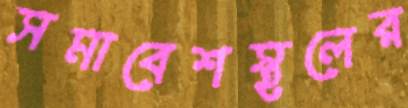
সমাবেশস্থলের